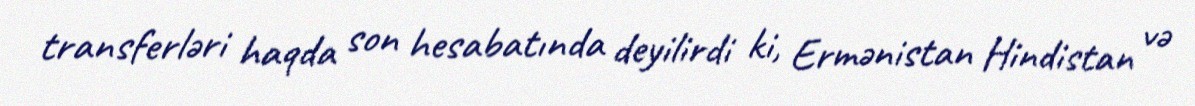
transferləri haqda son hesabatında deyilirdi ki, Ermənistan Hindistan və